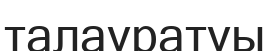
талауратуы